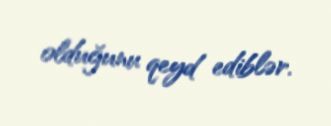
olduğunu qeyd ediblər.